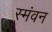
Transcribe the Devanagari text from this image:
स्मंवन